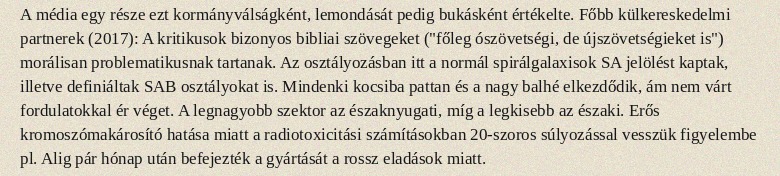
A média egy része ezt kormányválságként, lemondását pedig bukásként értékelte. Főbb külkereskedelmi partnerek (2017): A kritikusok bizonyos bibliai szövegeket ("főleg ószövetségi, de újszövetségieket is") morálisan problematikusnak tartanak. Az osztályozásban itt a normál spirálgalaxisok SA jelölést kaptak, illetve definiáltak SAB osztályokat is. Mindenki kocsiba pattan és a nagy balhé elkezdődik, ám nem várt fordulatokkal ér véget. A legnagyobb szektor az északnyugati, míg a legkisebb az északi. Erős kromoszómakárosító hatása miatt a radiotoxicitási számításokban 20-szoros súlyozással vesszük figyelembe pl. Alig pár hónap után befejezték a gyártását a rossz eladások miatt.